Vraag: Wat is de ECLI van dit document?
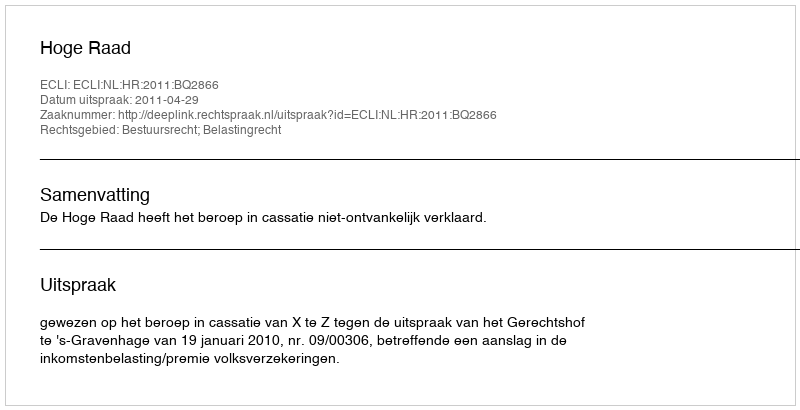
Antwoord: ECLI:NL:HR:2011:BQ2866